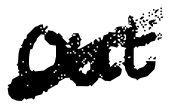
Text: out
Cross-out: diagonal
Writing tool: digital_black